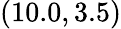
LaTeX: (10.0,3.5)